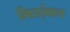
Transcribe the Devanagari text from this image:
मिठार्इवाला